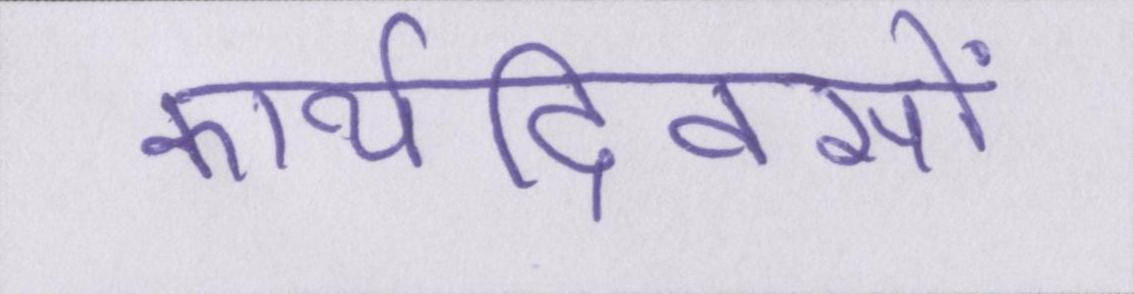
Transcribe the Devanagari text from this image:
कार्यदिवसों